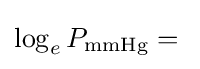
\log _{e}P_{\text{mmHg}}={}